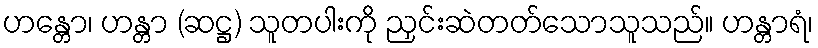
ဟန္တော၊ ဟန္တာ (ဆဋ္ဌ) သူတပါးကို ညှင်းဆဲတတ်သောသူသည်။ ဟန္တာရံ၊